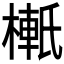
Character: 𬄉